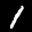
Label: 1